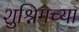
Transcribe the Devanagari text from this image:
शुश्निगच्या